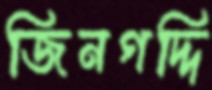
জিনগদ্দি